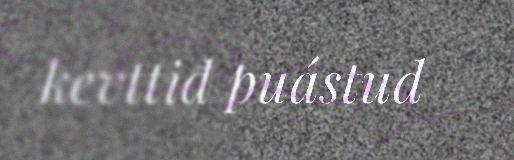
kevttiđ puástud